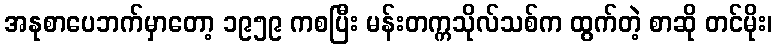
အနုစာပေဘက်မှာတော့ ၁၉၅၉ ကစပြီး မန်းတက္ကသိုလ်သစ်က ထွက်တဲ့ စာဆို တင်မိုး၊